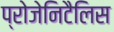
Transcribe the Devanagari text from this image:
प्रोजेनिटैलिस